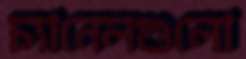
চ্যানেলগুলো